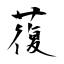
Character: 蕧